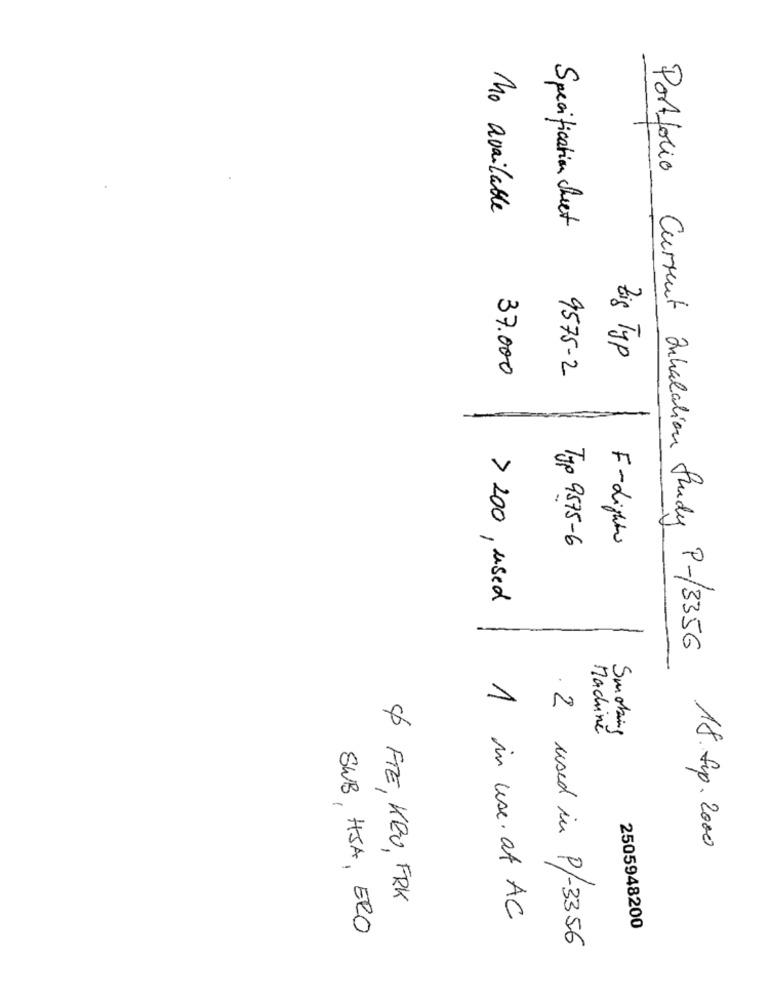
No available
Specification Sheet
Zig Typ
9575-2
37.000
Typ 9575-6
F-Light
> 200 , used
Portfolio Current Inhalation Study P-/3356
.
Machine
Smoking
18. Sep. 2000
& FTE, KRU, FRK
1 in use. at AC
SWB, HJA, ERO
2505948200
used in P/-3356